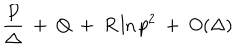
\frac { P } { \Delta } ~ + ~ Q ~ + ~ R \ln p ^ { 2 } ~ + ~ O ( \Delta )